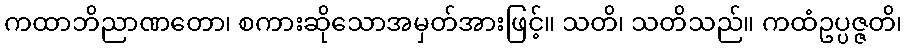
ကထာဘိညာဏတော၊ စကားဆိုသောအမှတ်အားဖြင့်။ သတိ၊ သတိသည်။ ကထံဥပ္ပဇ္ဇတိ၊